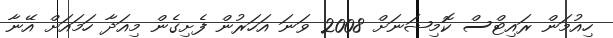
ހިއުމަން ރައިޓްސް ކޮމިޝަނަށް 2008 ވަނަ އަހަރުން ފެށިގެން މިއަދާ ހަމައަށް އޭނާ